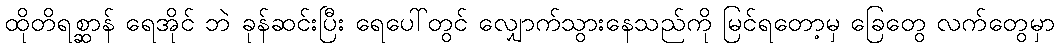
ထိုတိရစ္ဆာန် ရေအိုင် ဘဲ ခုန်ဆင်းပြီး ရေပေါ်တွင် လျှောက်သွားနေသည်ကို မြင်ရတော့မှ ခြေတွေ လက်တွေမှာ